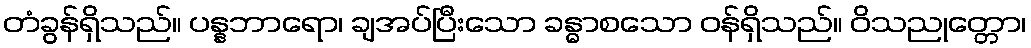
တံခွန်ရှိသည်။ ပန္နဘာရော၊ ချအပ်ပြီးသော ခန္ဓာစသော ဝန်ရှိသည်။ ဝိသညုတ္တော၊